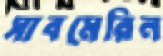
সাবমেরিন